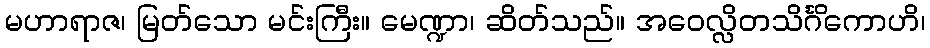
မဟာရာဇ၊ မြတ်သော မင်းကြီး။ မေဏ္ဍာ၊ ဆိတ်သည်။ အဝေလ္လိတသိင်္ဂိကောဟိ၊